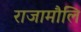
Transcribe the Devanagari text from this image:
राजामौलि